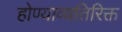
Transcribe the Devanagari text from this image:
होण्याव्यतिरिक्त